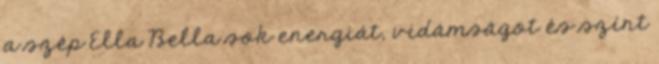
a szép Ella Bella sok energiát, vidámságot és színt